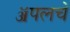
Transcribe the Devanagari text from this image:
ॲपलचे